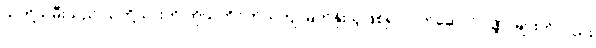
သတို့သမီးသည် သတို့သားကို ကိုယ်တိုင်ကိုယ်ကျ မြတ်နိုးသူဖြစ်၍ လက်ဆောင်ပဏ္ဏာများကိုလည်း